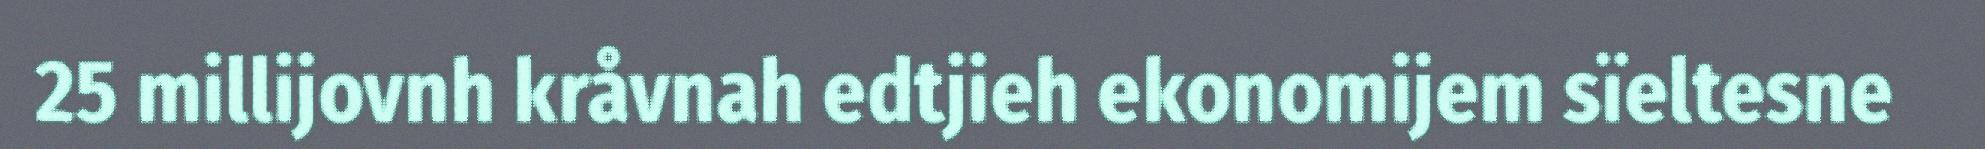
25 millijovnh kråvnah edtjieh ekonomijem sïeltesne